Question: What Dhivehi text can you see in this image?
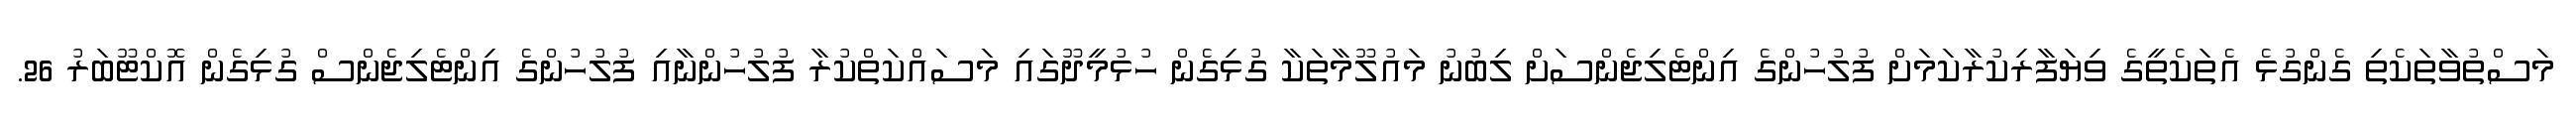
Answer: މަސްތުވާތަކެތި ގެންގުޅެ އެތަކެތީގެ ވިޔަފާރިކުރާކަމަށް ފުލުހުންގެ އިންޓެލިޖެންސަށް ލިބުނު މައުލޫމާތަކާ ގުޅިގެން ހުޅުމީދޫގައި މަސައްކަތްކުރާ ފުލުހުންނާއި ފުލުހުންގެ އިންޓެލިޖެންސް ގުޅިގެން އޮކްޓޫބަރު 26.